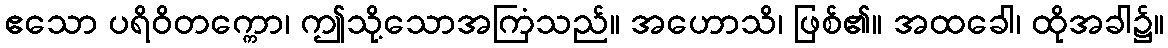
ဧသော ပရိဝိတက္ကော၊ ဤသို့သောအကြံသည်။ အဟောသိ၊ ဖြစ်၏။ အထခေါ၊ ထိုအခါ၌။